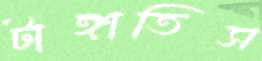
টাঙ্গাতিস